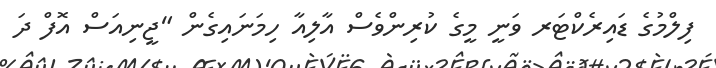
ފިލްމުގެ ޑައިރެކްޓަރ ވަނީ މީގެ ކުރިންވެސް އާލިއާ ހިމަނައިގެން "ޖީނިއަސް އޮފް ދަ